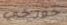
خورخي